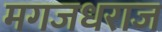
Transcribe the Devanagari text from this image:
मगजधराज